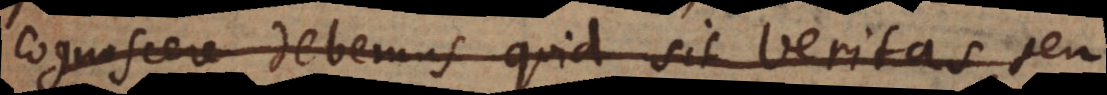
cognoscere debemus quid sit veritas, seu